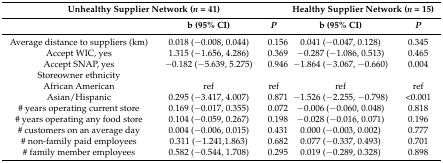
<table><thead><tr><td colspan="3"><b>Unhealthy Supplier Network (<i>n</i> = 41)</b></td><td colspan="2"><b>Healthy Supplier Network (<i>n</i> = 15)</b></td></tr><tr><td></td><td><b>b (95% CI)</b></td><td><b><i>P</i></b></td><td><b>b (95% CI)</b></td><td><b><i>P</i></b></td></tr></thead><tbody><tr><td>Average distance to suppliers (km)</td><td>0.018 (−0.008, 0.044)</td><td>0.156</td><td>0.041 (−0.047, 0.128)</td><td>0.345</td></tr><tr><td>Accept WIC, yes</td><td>1.315 (−1.656, 4.286)</td><td>0.369</td><td>−0.287 (−1.086, 0.513)</td><td>0.465</td></tr><tr><td>Accept SNAP, yes</td><td>−0.182 (−5.639, 5.275)</td><td>0.946</td><td>−1.864 (−3.067, −0.660)</td><td>0.004</td></tr><tr><td>Storeowner ethnicity</td><td></td><td></td><td></td><td></td></tr><tr><td>African American</td><td>ref</td><td>ref</td><td>ref</td><td>ref</td></tr><tr><td>Asian/Hispanic</td><td>0.295 (−3.417, 4.007)</td><td>0.871</td><td>−1.526 (−2.255, −0.798)</td><td>&lt;0.001</td></tr><tr><td># years operating current store</td><td>0.169 (−0.017, 0.355)</td><td>0.072</td><td>−0.006 (−0.060, 0.048)</td><td>0.818</td></tr><tr><td># years operating any food store</td><td>0.104 (−0.059, 0.267)</td><td>0.198</td><td>−0.028 (−0.016, 0.071)</td><td>0.196</td></tr><tr><td># customers on an average day</td><td>0.004 (−0.006, 0.015)</td><td>0.431</td><td>0.000 (−0.003, 0.002)</td><td>0.777</td></tr><tr><td># non-family paid employees</td><td>0.311 (−1.241,1.863)</td><td>0.682</td><td>0.077 (−0.337, 0.493)</td><td>0.701</td></tr><tr><td># family member employees</td><td>0.582 (−0.544, 1.708)</td><td>0.295</td><td>0.019 (−0.289, 0.328)</td><td>0.898</td></tr></tbody></table>